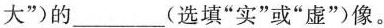
大”)的___(选填”实”或”虚”)像。